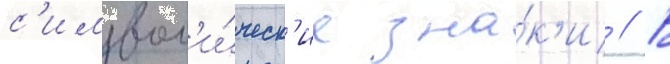
с'имвол'и́ческ'ие зна́к'и // В